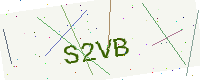
Text: S2VB